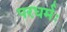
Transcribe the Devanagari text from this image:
परधर्मः